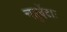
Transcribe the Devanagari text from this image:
चतुर्वेदाः